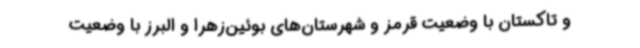
و تاکستان با وضعیت قرمز و شهرستان‌های بوئین‌زهرا و البرز با وضعیت